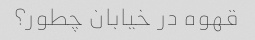
قهوه در خیابان چطور؟